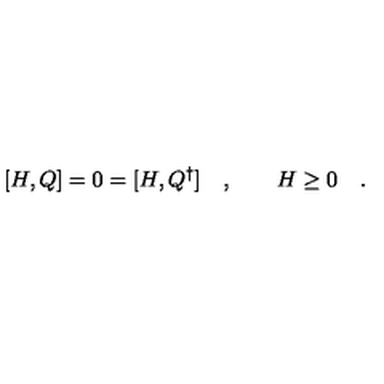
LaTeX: [ H , Q ] = 0 = [ H , Q ^ { \dagger } ] \quad , \qquad H \geq 0 \quad .